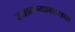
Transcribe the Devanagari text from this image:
स्वातंत्र्याबद्दलचा